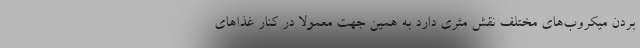
بردن میکروب‌های مختلف نقش مثری دارد به همین جهت معمولاً در کنار غذاهای